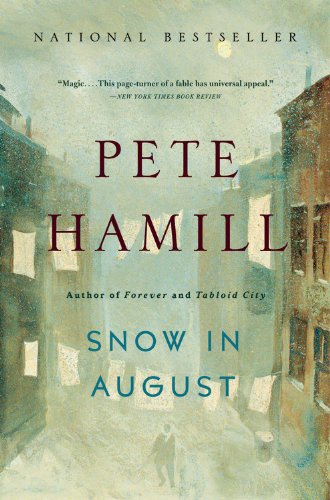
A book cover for Snow in August: A Novel; Pete Hamill; Literature & Fiction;